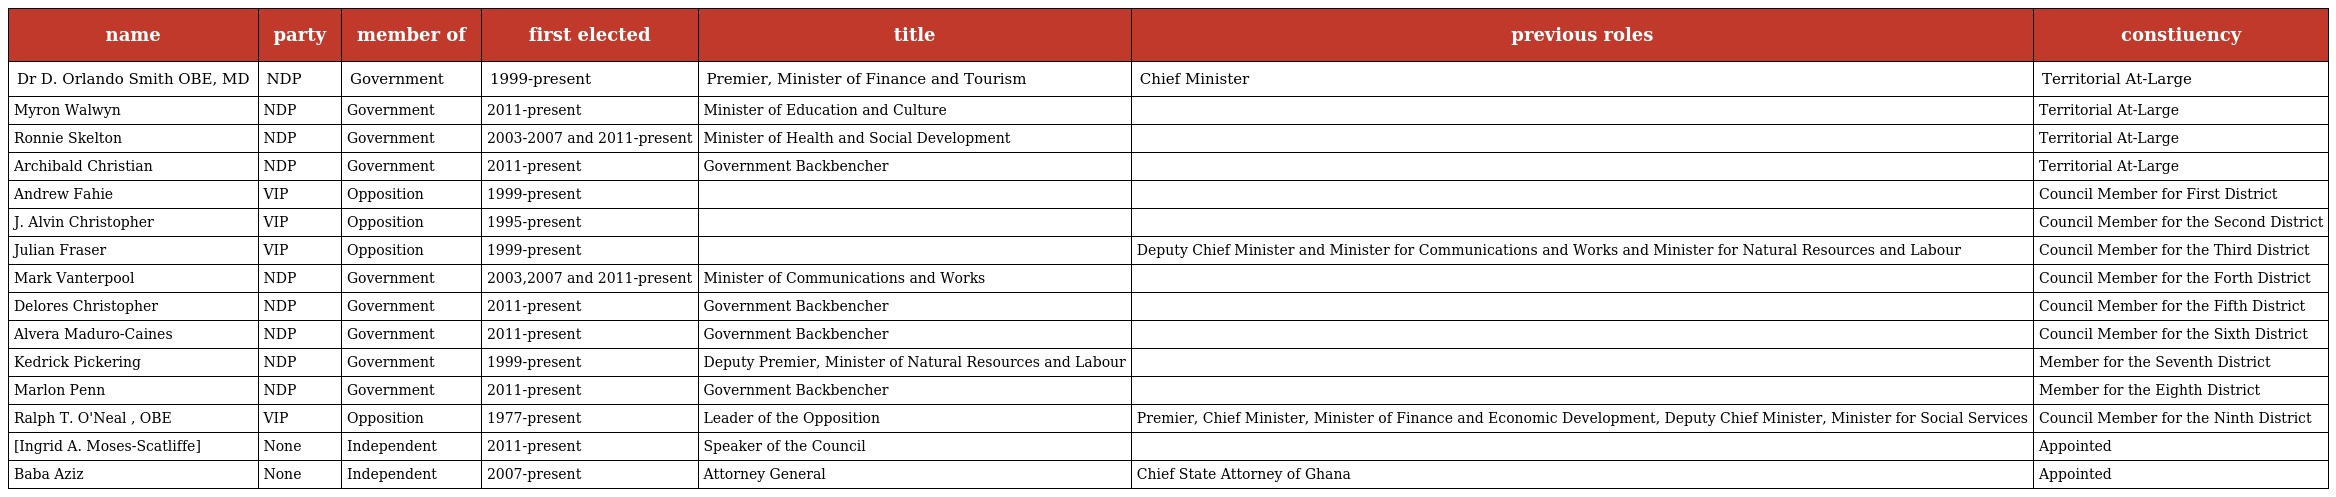
| name | party | member of | first elected | title | previous roles | constiuency |
 | --- | --- | --- | --- | --- | --- | --- |
 | Dr D. Orlando Smith OBE, MD | NDP | Government | 1999-present | Premier, Minister of Finance and Tourism | Chief Minister | Territorial At-Large |
 | Myron Walwyn | NDP | Government | 2011-present | Minister of Education and Culture |  | Territorial At-Large |
 | Ronnie Skelton | NDP | Government | 2003-2007 and 2011-present | Minister of Health and Social Development |  | Territorial At-Large |
 | Archibald Christian | NDP | Government | 2011-present | Government Backbencher |  | Territorial At-Large |
 | Andrew Fahie | VIP | Opposition | 1999-present |  |  | Council Member for First District |
 | J. Alvin Christopher | VIP | Opposition | 1995-present |  |  | Council Member for the Second District |
 | Julian Fraser | VIP | Opposition | 1999-present |  | Deputy Chief Minister and Minister for Communications and Works and Minister for Natural Resources and Labour | Council Member for the Third District |
 | Mark Vanterpool | NDP | Government | 2003,2007 and 2011-present | Minister of Communications and Works |  | Council Member for the Forth District |
 | Delores Christopher | NDP | Government | 2011-present | Government Backbencher |  | Council Member for the Fifth District |
 | Alvera Maduro-Caines | NDP | Government | 2011-present | Government Backbencher |  | Council Member for the Sixth District |
 | Kedrick Pickering | NDP | Government | 1999-present | Deputy Premier, Minister of Natural Resources and Labour |  | Member for the Seventh District |
 | Marlon Penn | NDP | Government | 2011-present | Government Backbencher |  | Member for the Eighth District |
 | Ralph T. O'Neal , OBE | VIP | Opposition | 1977-present | Leader of the Opposition | Premier, Chief Minister, Minister of Finance and Economic Development, Deputy Chief Minister, Minister for Social Services | Council Member for the Ninth District |
 | [Ingrid A. Moses-Scatliffe] | None | Independent | 2011-present | Speaker of the Council |  | Appointed |
 | Baba Aziz | None | Independent | 2007-present | Attorney General | Chief State Attorney of Ghana | Appointed |